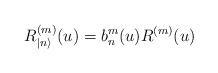
\begin{align*}R^{(m)}_{|n\rangle }(u)=b^{m}_{n}(u)R^{(m)}(u)\end{align*}